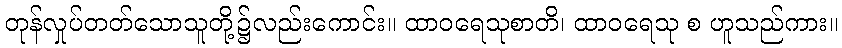
တုန်လှုပ်တတ်သောသူတို့၌လည်းကောင်း။ ထာဝရေသုစာတိ၊ ထာဝရေသု စ ဟူသည်ကား။